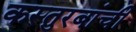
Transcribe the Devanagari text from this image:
कस्तुरबांची